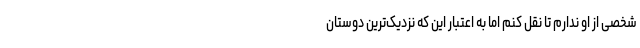
شخصی از او ندارم تا نقل کنم اما به اعتبار این که نزدیک‌ترین دوستان